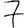
Digit: 7